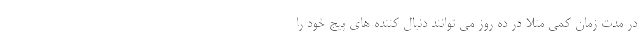
در مدت زمان کمی مثلا در ده روز می توانند دنبال کننده های پیج خود را